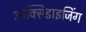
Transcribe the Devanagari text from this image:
आक्सिडाइजिंग